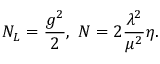
N _ { L } = \frac { g ^ { 2 } } { 2 } , ~ N = 2 \frac { { \lambda } ^ { 2 } } { { \mu } ^ { 2 } } \eta .